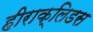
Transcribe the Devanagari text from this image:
हीराक्लिडस